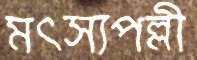
মত্স্যপল্লী